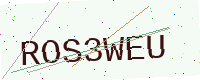
Text: ROS3WEU